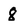
Character: 8